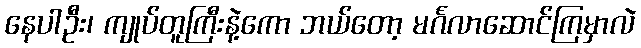
နေပါဦး၊ ကျုပ်တူကြီးနဲ့ကော ဘယ်တော့ မင်္ဂလာဆောင်ကြမှာလဲ